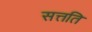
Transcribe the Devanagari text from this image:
सत्तति